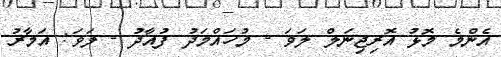
އެންމެ މޮޅު އޮރިޖިނަލް ލަވަ - މުހައްމަދު ފުއާދު - ލަވަ: އަމާރު